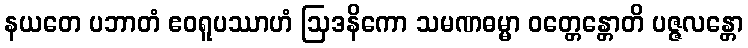
နယတေ ပဘာတံ ဧဝရူပဿာဟံ ဩဒနိကော သမဏဓမ္မာ ဝတ္တေန္တောတိ ပဇ္ဇလန္တော